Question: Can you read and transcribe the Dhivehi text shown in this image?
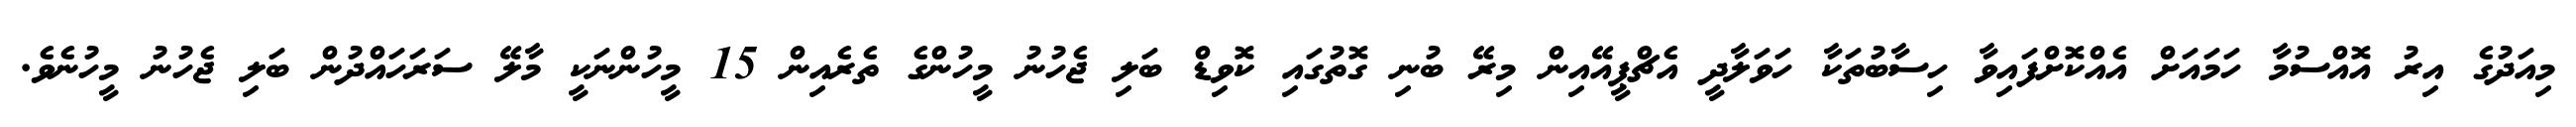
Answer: މިއަދުގެ އިރު އޮއްސުމާ ހަމައަށް އެއްކޮށްފައިވާ ހިސާބުތަކާ ހަވަލާދީ އެޗްޕީއޭއިން މިރޭ ބުނި ގޮތުގައި ކޮވިޑް ބަލި ޖެހުނު މީހުންގެ ތެރެއިން 15 މީހުންނަކީ މާލޭ ސަރަހައްދުން ބަލި ޖެހުނު މީހުނެވެ.